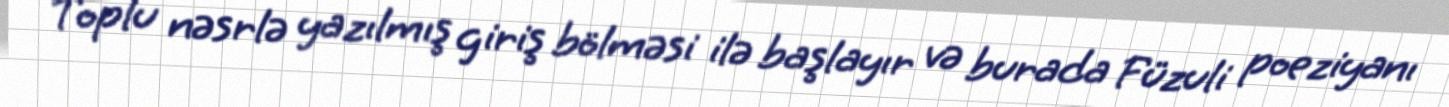
Toplu nəsrlə yazılmış giriş bölməsi ilə başlayır və burada Füzuli poeziyanı